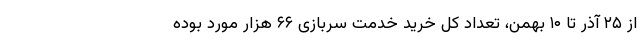
از ۲۵ آذر تا ۱۰ بهمن، تعداد کل خرید خدمت سربازی ۶۶ هزار مورد بوده